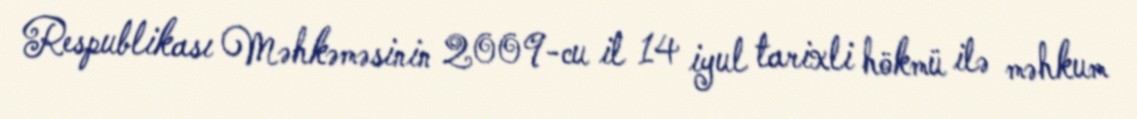
Respublikası Məhkəməsinin 2009-cu il 14 iyul tarixli hökmü ilə məhkum